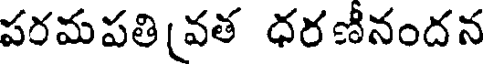
పరమపతి వత ధరణీనందన